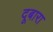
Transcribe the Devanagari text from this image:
दूबारा